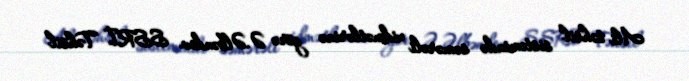
Ali təhsil sistemində səmərəli xidmətlərinə görə Ə.Əlbəndov SSRİ Təhsil